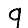
Digit: 9